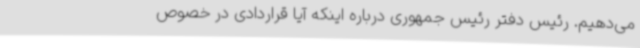
می‌دهیم. رئیس دفتر رئیس جمهوری درباره اینکه آیا قراردادی در خصوص